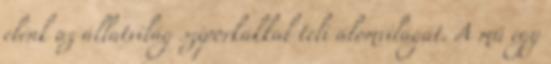
elénk az állatvilág sziporkákkal teli álomvilágát. A mű egy